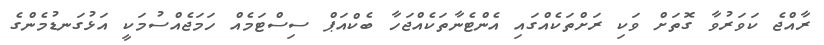
ރާއްޖެ ކަވަރުވާ ގޮތަށް ވަކި ރަށްތަކެއްގައި އެންޓެނާތަކެއްޖަހާ ބެކްއަޕް ސިސްޓަމެއް ހަމަޖެއްސުމަކީ އަޅުގަނޑުމެންގެ